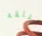
أغلقه